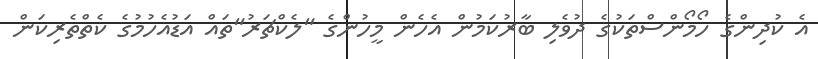
އެ ކުދިންގެ ހޯމޯންސްތަކުގެ ދުވެލި ބާރުކަމުން އެހެން މީހުންގެ "ލެކްޗަރު"ތައް އަޑުއެހުމުގެ ކެތްތެރިކަން